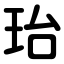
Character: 珆